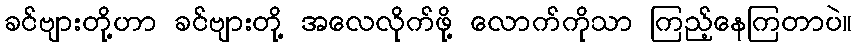
ခင်ဗျားတို့ဟာ ခင်ဗျားတို့ အလေလိုက်ဖို့ လောက်ကိုသာ ကြည့်နေကြတာပဲ။